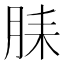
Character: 𬁻